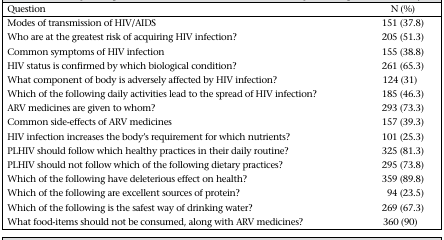
| Question | N (%) |
 | --- | --- |
 | Modes of transmission of HIV/AIDS | 151 (37.8) |
 | Who are at the greatest risk of acquiring HIV infection? | 205 (51.3) |
 | Common symptoms of HIV infection | 155 (38.8) |
 | HIV status is confirmed by which biological condition? | 261 (65.3) |
 | What component of body is adversely affected by HIV infection? | 124 (31) |
 | Which of the following daily activities lead to the spread of HIV infection? | 185 (46.3) |
 | ARV medicines are given to whom? | 293 (73.3) |
 | Common side-effects of ARV medicines | 157 (39.3) |
 | HIV infection increases the body's requirement for which nutrients? | 101 (25.3) |
 | PLHIV should follow which healthy practices in their daily routine? | 325 (81.3) |
 | PLHIV should not follow which of the following dietary practices? | 295 (73.8) |
 | Which of the following have deleterious effect on health? | 359 (89.8) |
 | Which of the following are excellent sources of protein? | 94 (23.5) |
 | Which of the following is the safest way of drinking water? | 269 (67.3) |
 | What food-items should not be consumed, along with ARV medicines? | 360 (90) |